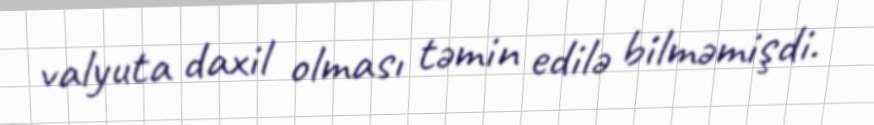
valyuta daxil olması təmin edilə bilməmişdi.